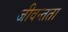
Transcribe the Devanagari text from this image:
जीवन्‍तता